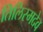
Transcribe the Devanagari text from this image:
तिलिस्मदेव